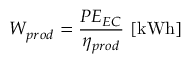
W _ { p r o d } = \frac { P E _ { E C } } { \eta _ { p r o d } } \ [ \mathrm { k W h } ]